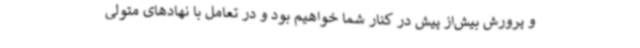
‌و پرورش بیش‌از پیش در کنار شما خواهیم بود و در تعامل با نهادهای متولی